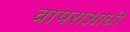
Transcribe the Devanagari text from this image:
वापराआधी